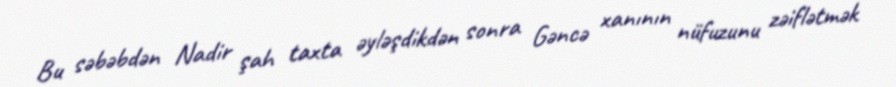
Bu səbəbdən Nadir şah taxta əyləşdikdən sonra Gəncə xanının nüfuzunu zəiflətmək